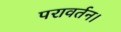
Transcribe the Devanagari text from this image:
परावर्तन।